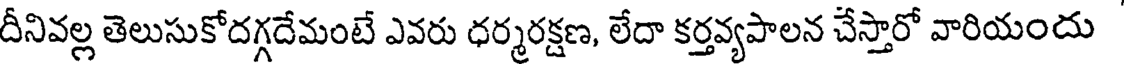
దీనివల్ల తెలుసుకోదగ్గదేమంటే ఎవరు ధర్మరక్షణ, లేదా కర్తవ్యపాలన చేస్తారో వారియందు